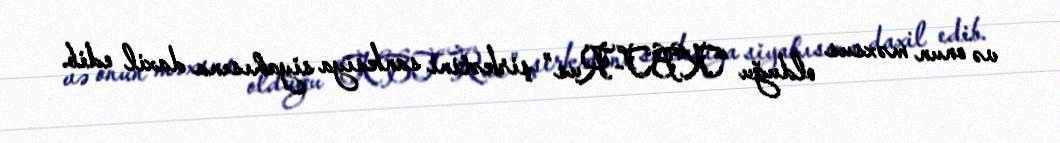
və onun məxsus olduğu “KBT-Rus” şirkətini sanksiya siyahısına daxil edib.